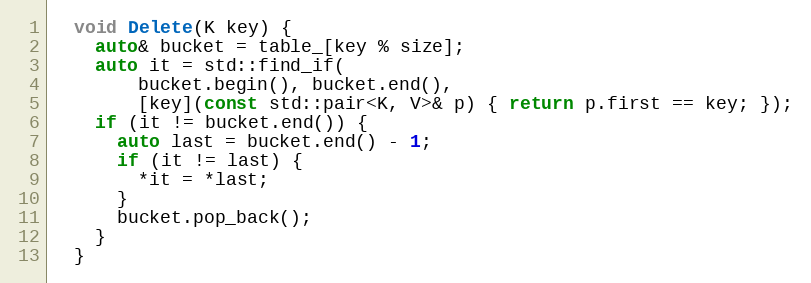
Language: C
  void Delete(K key) {
    auto& bucket = table_[key % size];
    auto it = std::find_if(
        bucket.begin(), bucket.end(),
        [key](const std::pair<K, V>& p) { return p.first == key; });
    if (it != bucket.end()) {
      auto last = bucket.end() - 1;
      if (it != last) {
        *it = *last;
      }
      bucket.pop_back();
    }
  }